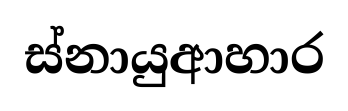
ස්නායුආහාර